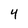
Character: 4